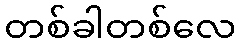
တစ်ခါတစ်လေ